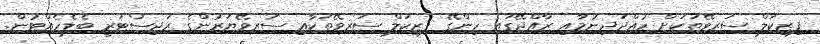
ފިޒިކަލް ސަރވޭތަކަށް ހުއްދަދިނުމާއި ރާއްޖޭގައި ހިންގޭ ފިޒިކަލް ސަރވޭތަކާއި ސަރވޭޔަރުންގެ ރަޖިސްޓަރީ ބެލެހެއްޓުން.